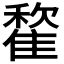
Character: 𩀒